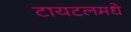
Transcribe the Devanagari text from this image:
टायटलमधे